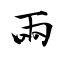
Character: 兩